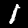
Label: 1